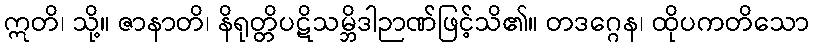
ဣတိ၊ သို့။ ဇာနာတိ၊ နိရုတ္တိပဋိသမ္ဘိဒါဉာဏ်ဖြင့်သိ၏။ တဒဂ္ဂေန၊ ထိုပကတိသော